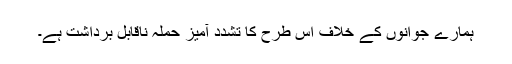
ہمارے جوانوں کے خلاف اس طرح کا تشدد آمیز حملہ ناقابل برداشت ہے۔